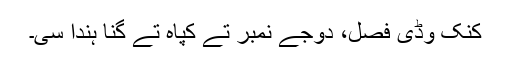
کنک وڈی فصل، دُوجے نمبر تے کپاہ تے گنّا ہُندا سی۔